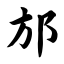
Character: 邡